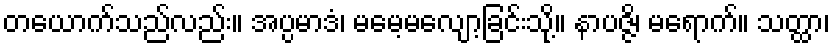
တယောက်သည်လည်း။ အပ္ပမာဒံ၊ မမေ့မလျော့ခြင်းသို့။ နာပဇ္ဇိ၊ မရောက်။ သတ္ထာ၊